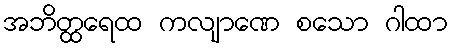
အဘိတ္ထရေထ ကလျာဏေ စသော ဂါထာ